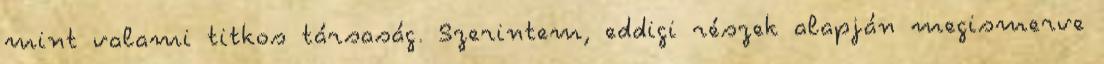
mint valami titkos társaság. Szerintem, eddigi részek alapján megismerve